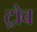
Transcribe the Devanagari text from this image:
ट्रोव